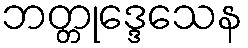
ဘတ္တုဒ္ဒေသေန